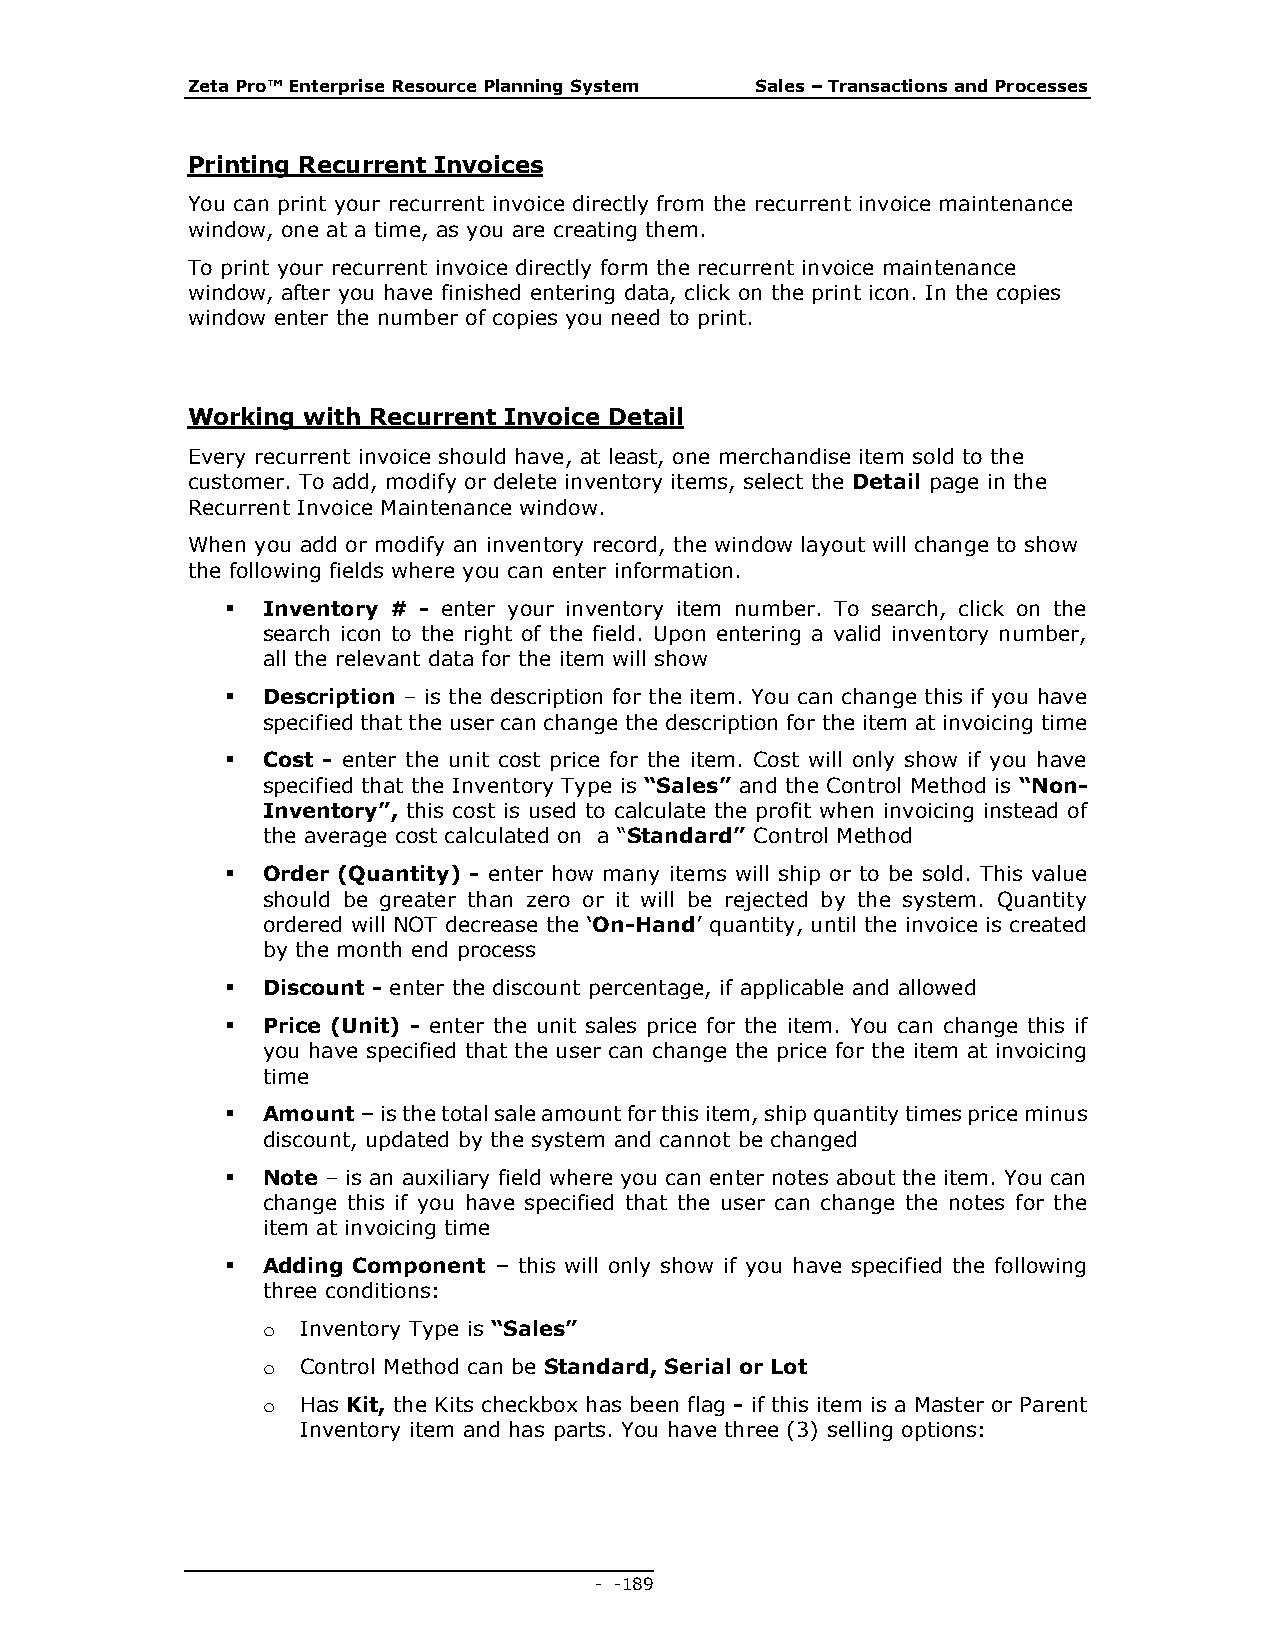
Zeta Pro™ Enterprise Resource Planning System Sales – Transactions and Processes
 Printing Recurrent Invoices
 You can print your recurrent invoice directly from the recurrent invoice maintenance
 window, one at a time, as you are creating them.
 To print your recurrent invoice directly form the recurrent invoice maintenance
 window, after you have finished entering data, click on the print icon. In the copies
 window enter the number of copies you need to print.
 Working with Recurrent Invoice Detail
 Every recurrent invoice should have, at least, one merchandise item sold to the
 customer. To add, modify or delete inventory items, select the Detail page in the
 Recurrent Invoice Maintenance window.
 When you add or modify an inventory record, the window layout will change to show
 the following fields where you can enter information.
  Inventory # - enter your inventory item number. To search, click on the
 search icon to the right of the field. Upon entering a valid inventory number,
 all the relevant data for the item will show
  Description – is the description for the item. You can change this if you have
 specified that the user can change the description for the item at invoicing time
  Cost - enter the unit cost price for the item. Cost will only show if you have
 specified that the Inventory Type is “Sales” and the Control Method is “Non-
 Inventory”, this cost is used to calculate the profit when invoicing instead of
 the average cost calculated on a “Standard” Control Method
  Order (Quantity) - enter how many items will ship or to be sold. This value
 should be greater than zero or it will be rejected by the system. Quantity
 ordered will NOT decrease the ‘On-Hand’ quantity, until the invoice is created
 by the month end process
  Discount - enter the discount percentage, if applicable and allowed
  Price (Unit) - enter the unit sales price for the item. You can change this if
 you have specified that the user can change the price for the item at invoicing
 time
  Amount – is the total sale amount for this item, ship quantity times price minus
 discount, updated by the system and cannot be changed
  Note – is an auxiliary field where you can enter notes about the item. You can
 change this if you have specified that the user can change the notes for the
 item at invoicing time
  Adding Component – this will only show if you have specified the following
 three conditions:
 o  Inventory Type is “Sales”
 o  Control Method can be Standard, Serial or Lot
 o  Has Kit, the Kits checkbox has been flag - if this item is a Master or Parent
 Inventory item and has parts. You have three (3) selling options:
 - - 189